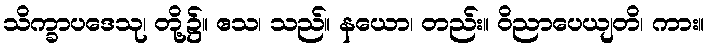
သိက္ခာပဒေသု၊ တို့၌။ ဧသ၊ သည်။ နယော၊ တည်း။ ဝိညာပေယျတိ၊ ကား။